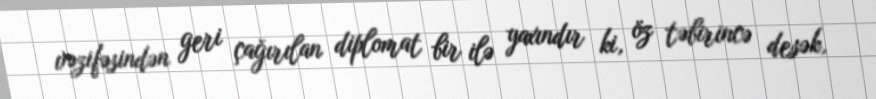
vəzifəsindən geri çağırılan diplomat bir ilə yaxındır ki, öz təbirincə desək,